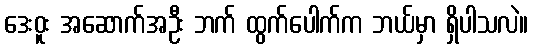
ဒေးဝူး အဆောက်အဦး ဘက် ထွက်ပေါက်က ဘယ်မှာ ရှိပါသလဲ။